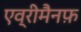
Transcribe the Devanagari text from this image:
एव्रीमैनफ़